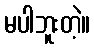
မပါဘူးတဲ့။